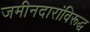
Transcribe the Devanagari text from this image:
जमीनदारांविरूद्घ